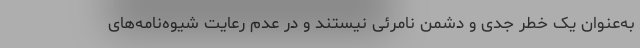
به‌عنوان یک خطر جدی و دشمن نامرئی نیستند و در عدم رعایت شیوه‌نامه‌های